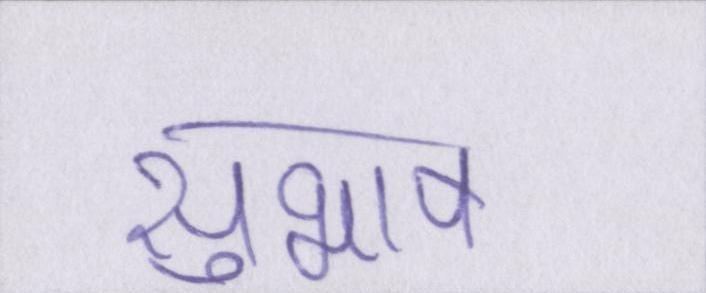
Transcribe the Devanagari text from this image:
सुभाष